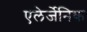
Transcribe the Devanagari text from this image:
एलेर्जेनिक